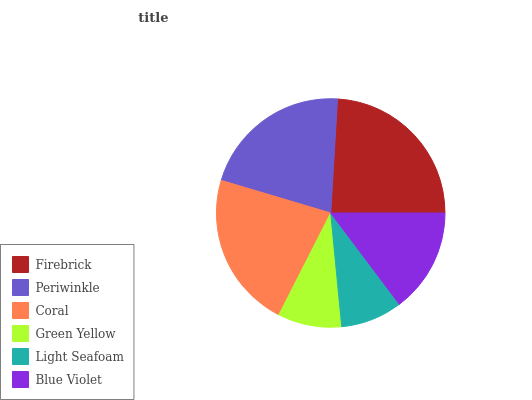
| Firebrick | Periwinkle | Coral | Green Yellow | Light Seafoam | Blue Violet |
 | --- | --- | --- | --- | --- | --- |
 | 24% | 21.3% | 22.1% | 9.03% | 8.72% | 14.7% |